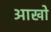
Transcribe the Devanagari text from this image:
आखो